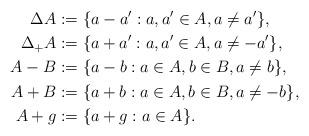
LaTeX: \begin{align*}\Delta A &:= \{ a - a' : a, a' \in A, a \ne a'\},\\\Delta_+ A &:= \{ a + a' : a, a' \in A, a \ne -a'\},\\A-B &:= \{a-b : a \in A, b \in B, a \ne b\},\\A + B &:= \{a+b: a \in A, b \in B, a \ne -b\},\\A + g &:= \{a + g : a \in A\}.\end{align*}